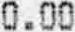
0.00